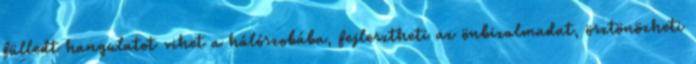
fülledt hangulatot vihet a hálószobába, fejlesztheti az önbizalmadat, ösztönözheti